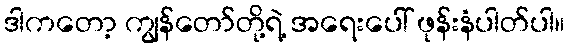
ဒါကတော့ ကျွန်တော်တို့ရဲ့ အရေးပေါ် ဖုန်းနံပါတ်ပါ။